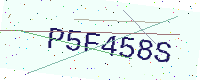
Text: P5F458S